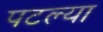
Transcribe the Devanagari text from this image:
पटल्या